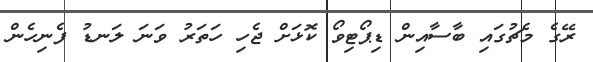
ރޭގެ މެޗުގައި ބާސާއިން ޑިޕޯޓިވޯ ކޮޅަށް ޖެހި ހަތަރު ވަނަ ލަނޑު ފެނިހެން